Report of the Indian Hemp Drugs Commission, 1894-1895 - Volume IV
Year: 1894
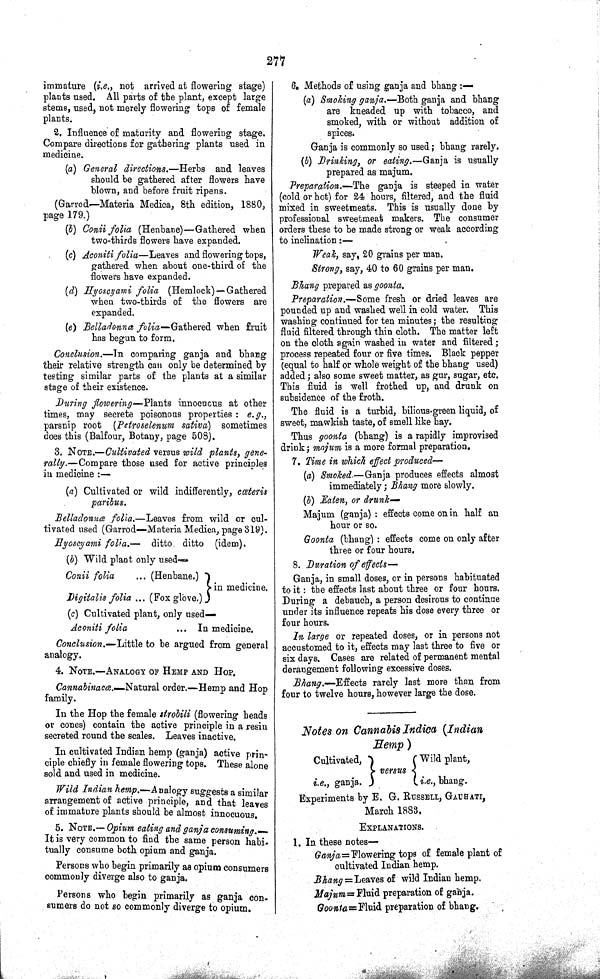
277
immature (i.e., not arrived at flowering stage)
plants used. All parts of the plant, except large
stems, used, not merely flowering tops of female
plants.
2. Influence of maturity and flowering stage.
Compare directions for gathering plants used in
medicine.
(a) General directions.—Herbs
and leaves
should be gathered after flowers have
blown, and before fruit ripens.
(Garrod—Materia Medica, 8th edition, 1880,
page 179.)
(b) Conii folia (Henbane)—Gathered when
two-thirds flowers have expanded.
(c) Aconiti folia—Leaves and flowering tops,
gathered when about one-third of the
flowers have expanded.
(d) Hyoscyami folia
(Hemlock)—Gathered
when two-thirds of the flowers are
expanded.
(e) Belladonna folia—Gathered
when fruit
has begun to form.
Conclusion.—In comparing ganja and bhang
their relative strength can only be determined by
testing similar parts of the plants at a similar
stage of their existence.
During flowering—Plants innocuous at other
times, may secrete poisonous properties : e.g.,
parsnip root (Petroselenum sativa) sometimes
does this (Balfour, Botany, page 508).
3. NOTE.—Cultivated versus wild plants, gene-
rally.—Compare those used for active principles
in medicine:—
(a) Cultivated or wild indifferently, cœteris
paribus.
Belladonnœ folia.—Leaves from wild or cul-
tivated used (Garrod—Materia Medica, page 319).
Hyoscyami folia.—
ditto ditto (idem).
(b) Wild plant only used—
Conii folia
(Henbane.)
in medicine.
Digitalis folia
(Fox glove.)
(c) Cultivated plant, only used—
Aconiti folia
In medicine.
Conclusion.—Little to be argued from general
analogy.
4. NOTE.—ANALOGY OF HEMP AND HOP.
Cannabinacœ.—Natural order.—Hemp and Hop
family.
In the Hop the female strobili (flowering heads
or cones) contain the active principle in a resin
secreted round the scales. Leaves inactive.
In cultivated Indian hemp (ganja) active prin-
ciple chiefly in female flowering tops. These alone
sold and used in medicine.
Wild Indian hemp.—Analogy suggests a similar
arrangement of active principle, and that leaves
of immature plants should be almost innocuous.
5. NOTE.—Opium eating and ganja consuming.—
It is very common to find the same person habi-
tually consume both opium and ganja.
Persons who begin primarily as opium consumers
commonly diverge also to ganja.
Persons who begin primarily as ganja con-
sumers do not so commonly diverge to opium.
6. Methods of using ganja and bhang:—
(a) Smoking ganja.—Both ganja and bhang
are kneaded up with tobacco, and
smoked, with or without addition of
spices.
Ganja is commonly so used; bhang rarely.
(b) Drinking, or eating.—Ganja is usually
prepared as majum.
Preparation.—The ganja is steeped in water
(cold or hot) for 24 hours, filtered, and the fluid
mixed in sweetmeats. This is usually done by
professional sweetmeat makers. The consumer
orders these to be made strong or weak according
to inclination:—
Weak, say, 20 grains per man.
Strong, say, 40 to 60 grains per man.
Bhang prepared as goonta.
Preparation.—Some fresh or dried leaves are
pounded up and washed well in cold water. This
washing continued for ten minutes; the resulting
fluid filtered through thin cloth. The matter left
on the cloth again washed in water and filtered;
process repeated four or five times. Black pepper
(equal to half or whole weight of the bhang used)
added; also some sweet matter, as gur, sugar, etc.
This fluid is well frothed up, and drunk on
subsidence of the froth.
The fluid is a turbid, bilious-green liquid, of
sweet, mawkish taste, of smell like hay.
Thus goonta (bhang) is a rapidly improvised
drink; majum is a more formal preparation.
7. Time in which effect produced—
(a) Smoked.—Ganja produces effects almost
immediately; Bhang more slowly.
(b) Eaten, or drunk—
Majum (ganja) : effects come on in half an
hour or so.
Goonta (bhang) : effects come on only after
three or four hours.
8. Duration of effects—
Ganja, in small doses, or in persons habituated
to it: the effects last about three or four hours.
During a debauch, a person desirous to continue
under its influence repeats his dose every three or
four hours.
In large or repeated doses, or in persons not
accustomed to it, effects may last three to five or
six days. Cases are related of permanent mental
derangement following excessive doses.
Bhang.—Effects rarely last more than from
four to twelve hours, however large the dose.
Notes on Cannabis Indica (Indian
Hemp)
Cultivated,
versus
Wild plant,
i.e., ganja.
versus
i.e., bhang.
Experiments by E. G. RUSSELL, GAUHATI,
March 1883.
EXPLANATIONS.
1. In these notes—
Ganja=Flowering tops of female plant of
cultivated Indian hemp.
Bhang=Leaves of wild Indian hemp.
Majum=Fluid
preparation of ganja.
Goonta=Fluid preparation of bhang.